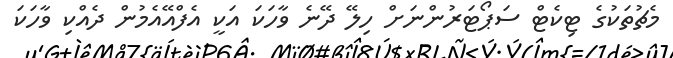
މެޗުތަކުގެ ޓިކެޓް ސަޕޯޓަރުންނަށް ހިލޭ ދޭނެ ވާހަކަ އަކީ އެފްއޭއެމުން ދެއްކި ވާހަކަ